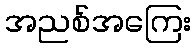
အညစ်အကြေး